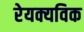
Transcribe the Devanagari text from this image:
रेयक्यविक